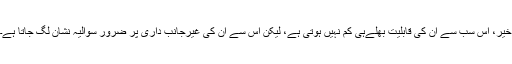
خیر، اس سب سے ان کی قابلیت بھلےہی کم نہیں ہوتی ہے، لیکن اس سے ان کی غیرجانب داری پر ضرور سوالیہ نشان لگ جاتا ہے۔